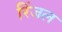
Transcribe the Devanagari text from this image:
रिंजल